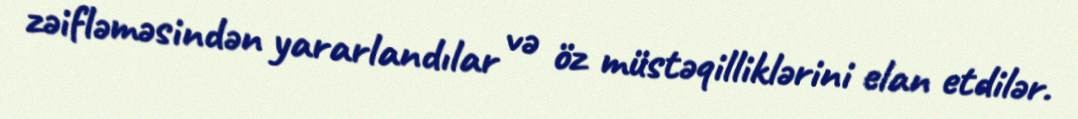
zəifləməsindən yararlandılar və öz müstəqilliklərini elan etdilər.